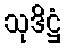
သုဒိဋ္ဌံ